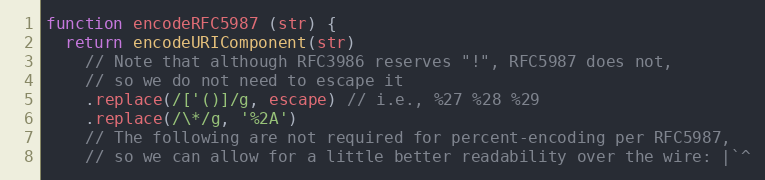
Language: JavaScript
function encodeRFC5987 (str) {
  return encodeURIComponent(str)
    // Note that although RFC3986 reserves "!", RFC5987 does not,
    // so we do not need to escape it
    .replace(/['()]/g, escape) // i.e., %27 %28 %29
    .replace(/\*/g, '%2A')
    // The following are not required for percent-encoding per RFC5987,
    // so we can allow for a little better readability over the wire: |`^